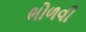
ભોળવી